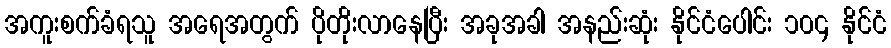
အကူးစက်ခံရသူ အရေအတွက် ပိုတိုးလာနေပြီး အခုအခါ အနည်းဆုံး နိုင်ငံပေါင်း ၁၀၄ နိုင်ငံ